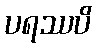
ပရဿပိ